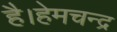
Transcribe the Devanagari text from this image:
है।हेमचन्द्र